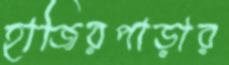
হাজিরপাড়ার